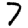
Digit: 7